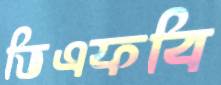
ভিএফবি